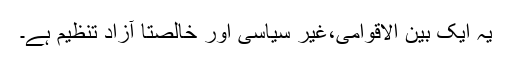
یہ ایک بین الاقوامی،غیر سیاسی اور خالصتاً آزاد تنظیم ہے۔